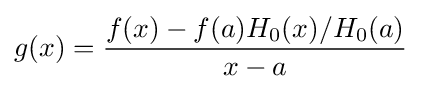
g(x)={f(x)-f(a)H_{0}(x)/H_{0}(a) \over x-a}